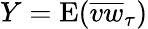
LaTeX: Y=\mathrm{E}(\overline{{vw}}_{\tau})